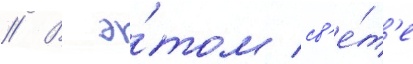
// В э́том св'е́т'е